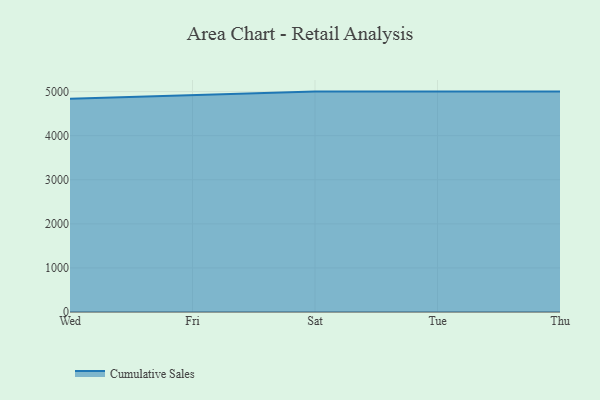
{"axis": {"x": "Day", "y": "Humidity (%)"}, "legend": ["Cumulative Sales"], "data": [{"x": "Wed", "y": 4838.0, "type": "Cumulative Sales"}, {"x": "Fri", "y": 4923.0, "type": "Cumulative Sales"}, {"x": "Sat", "y": 5000, "type": "Cumulative Sales"}, {"x": "Tue", "y": 5000, "type": "Cumulative Sales"}, {"x": "Thu", "y": 5000, "type": "Cumulative Sales"}]}